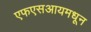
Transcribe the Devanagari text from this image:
एफएसआयमधून